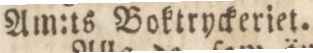
Am:ts Boktryckeriet.